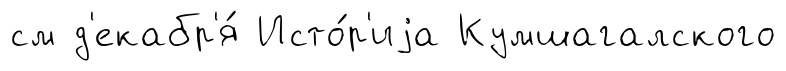
см д'екабр'я́ Исто́р'иjа Кумшагалского